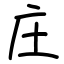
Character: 庄